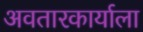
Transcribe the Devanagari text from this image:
अवतारकार्याला